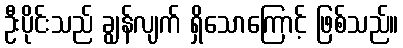
ဦးပိုင်းသည် ချွန်လျက် ရှိသောကြောင့် ဖြစ်သည်။